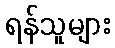
ရန်သူများ